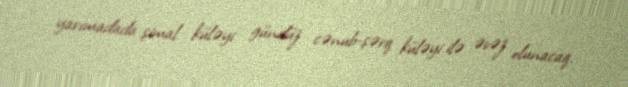
yarımadada şimal küləyi gündüz cənub-şərq küləyi ilə əvəz olunacaq.